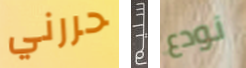
حررني سليم نودع